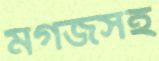
মগজসহ